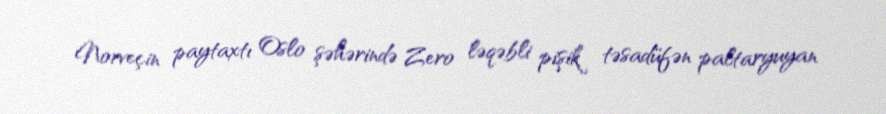
Norveçin paytaxtı Oslo şəhərində Zero ləqəbli pişik təsadüfən paltaryuyan